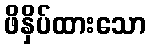
ဖိနှိပ်ထားသော